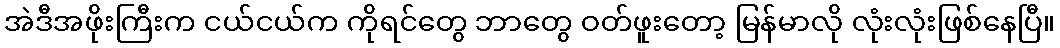
အဲဒီအဖိုးကြီးက ငယ်ငယ်က ကိုရင်တွေ ဘာတွေ ဝတ်ဖူးတော့ မြန်မာလို လုံးလုံးဖြစ်နေပြီ။